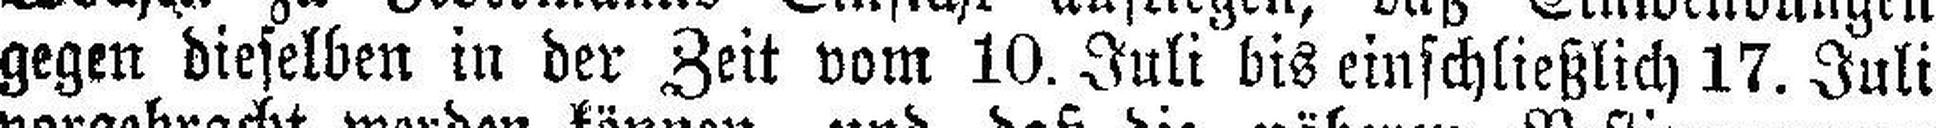
gegen dieselben in der Zeit vom 10. Juli bis einschließlich 17. Juli